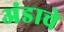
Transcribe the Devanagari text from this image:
अंडाचे